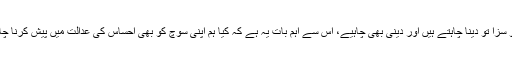
ہم قاتل کو سزا تو دینا چاہتے ہیں اور دینی بھی چاہیے، اِس سے اہم بات یہ ہے کہ کیا ہم اپنی سوچ کو بھی احساس کی عدالت میں پیش کرنا چاہیں گے؟